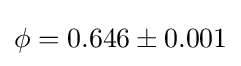
\phi =0.646\pm 0.001